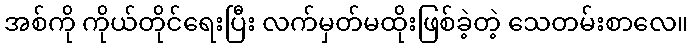
အစ်ကို ကိုယ်တိုင်ရေးပြီး လက်မှတ်မထိုးဖြစ်ခဲ့တဲ့ သေတမ်းစာလေ။